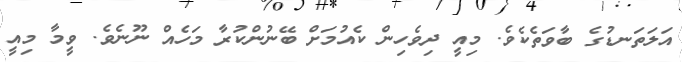
އަލަތަނޑުގެ ބާވަތެކެވެ. މިއީ ދިވެހިން ކެއުމަށް ބޭނުންކުރާ މަހެއް ނޫނެވެ. ވީމާ މިއީ